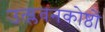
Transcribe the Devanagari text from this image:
उत्प्लवनकोष्ठों